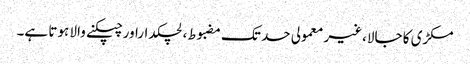
مکڑی کا جالا،غیر معمولی حد تک مضبوط، لچکداراور چپکنے والا ہوتا ہے۔